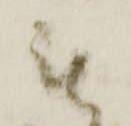
被